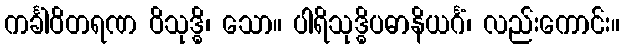
ကင်္ခါဝိတရဏ ဝိသုဒ္ဓိ၊ သော။ ပါရိသုဒ္ဓိပဓာနိယင်္ဂံ၊ လည်းကောင်း။